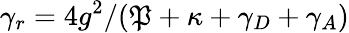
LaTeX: \gamma_{r}=4g^{2}/(\mathfrak{P}+\kappa+\gamma_{D}+\gamma_{A})